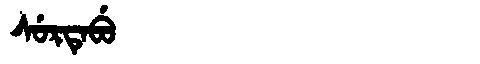
Manchu: ᠰᡠᡵᡨᡝᠪᡠ
Romanization: SURTEBU